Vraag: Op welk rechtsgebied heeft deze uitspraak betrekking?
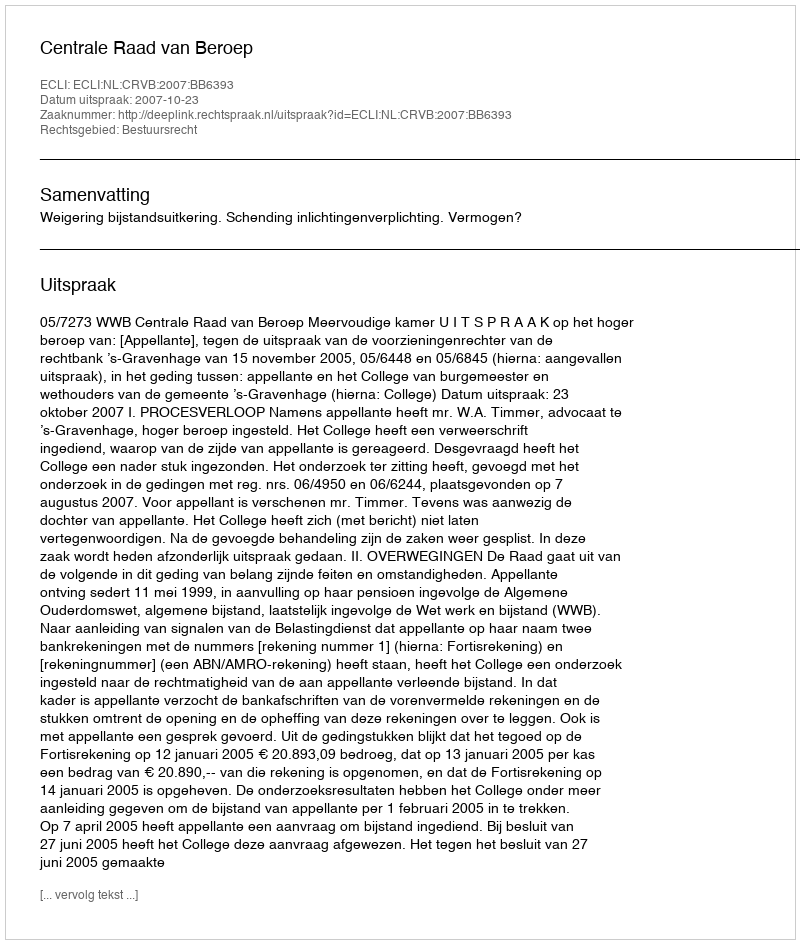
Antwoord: Bestuursrecht